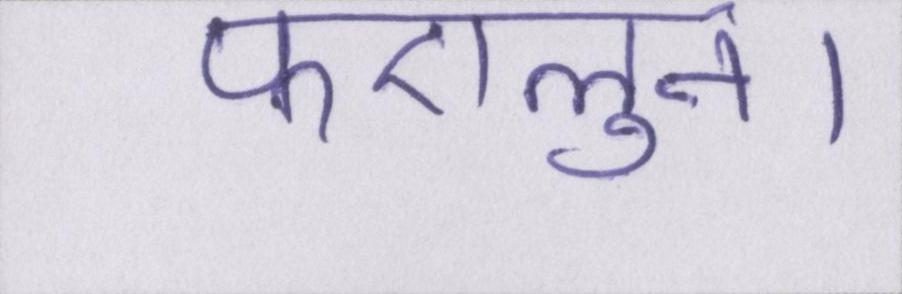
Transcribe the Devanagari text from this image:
फएलुन।